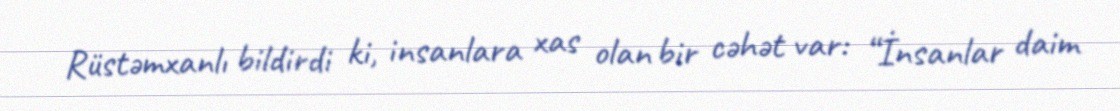
Rüstəmxanlı bildirdi ki, insanlara xas olan bir cəhət var: “İnsanlar daim